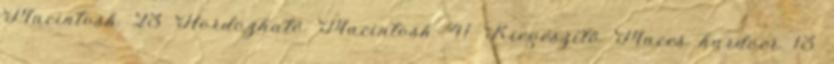
Macintosh 23 Hordozható Macintosh 41 Kiegészítő Maces hardver 13